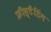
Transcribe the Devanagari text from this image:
फ्रीस्टैंडिंग